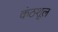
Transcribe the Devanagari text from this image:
कंठशूल